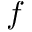
f